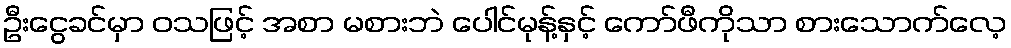
ဦးငွေခင်မှာ ဝသဖြင့် အစာ မစားဘဲ ပေါင်မုန့်နှင့် ကော်ဖီကိုသာ စားသောက်လေ့